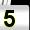
Digit: 5